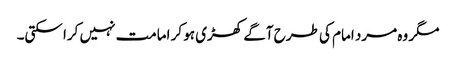
مگر وہ مرد امام کی طرح آگے کھڑی ہو کر امامت نہیں کرا سکتی۔